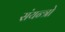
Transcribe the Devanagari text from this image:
संयन्त्रो